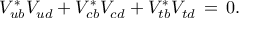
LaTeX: V _ { u b } ^ { * } V _ { u d } ^ { \phantom { * } } + V _ { c b } ^ { * } V _ { c d } ^ { \phantom { * } } + V _ { t b } ^ { * } V _ { t d } ^ { \phantom { * } } \, = \, 0 .